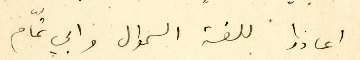
اعادوا للغة السموال وابي تمّام